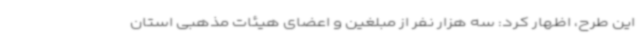
این طرح، اظهار کرد: سه هزار نفر از مبلغین و اعضای هیئات مذهبی استان